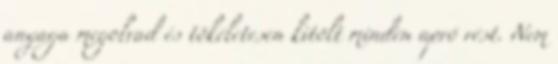
anyaga megolvad és tökéletesen kitölt minden apró rést. Nem